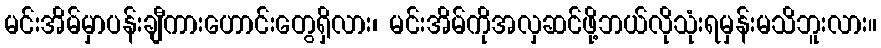
မင်းအိမ်မှာပန်းချီကားဟောင်းတွေရှိလား၊ မင်းအိမ်ကိုအလှဆင်ဖို့ဘယ်လိုသုံးရမှန်းမသိဘူးလား။